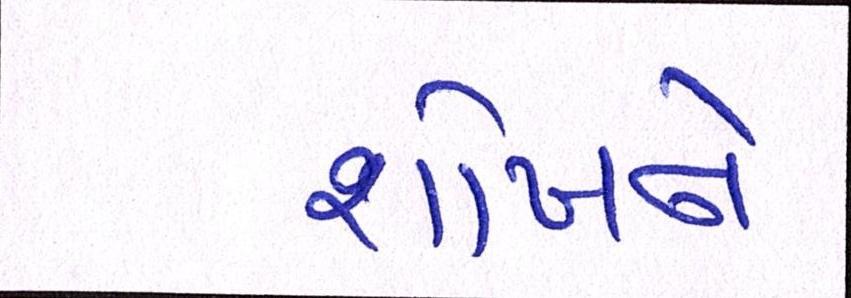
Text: શોખને